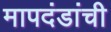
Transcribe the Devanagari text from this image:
मापदंडांची